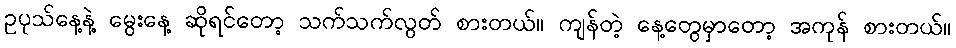
ဥပုသ်နေ့နဲ့ မွေးနေ့ ဆိုရင်တော့ သက်သက်လွတ် စားတယ်။ ကျန်တဲ့ နေ့တွေမှာတော့ အကုန် စားတယ်။